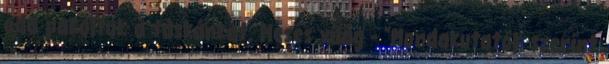
oda pakoltuk a táskánkat. Mesés világ - "Mondakutatók szerint